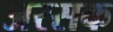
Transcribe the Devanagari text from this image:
अरसक